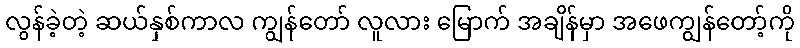
လွန်ခဲ့တဲ့ ဆယ်နှစ်ကာလ ကျွန်တော် လူလား မြောက် အချိန်မှာ အဖေကျွန်တော့်ကို